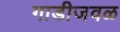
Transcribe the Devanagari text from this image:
गाडीजवळ